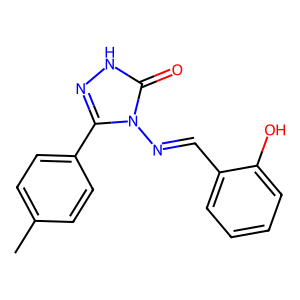
SMILES: Cc1ccc(-c2n[nH]c(=O)n2N=Cc2ccccc2O)cc1
Inhibits HIV replication: No